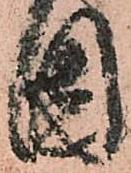
固